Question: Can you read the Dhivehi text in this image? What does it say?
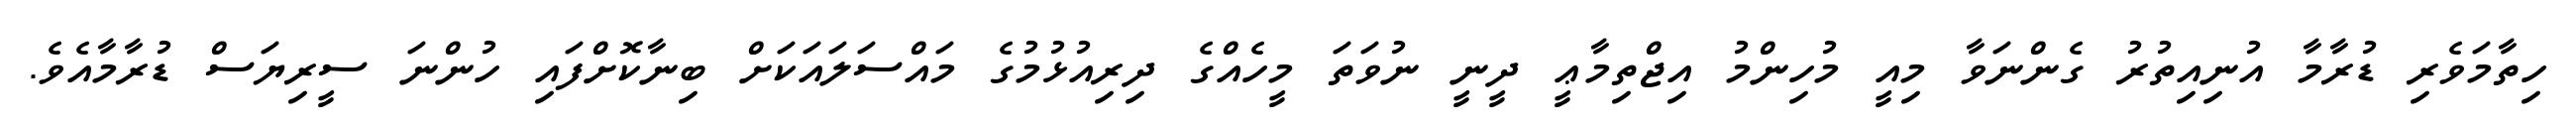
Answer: ހިތާމަވެރި ޑުރާމާ އުނިއިތުރު ގެންނަވާ މިއީ މުހިންމު އިޖްތިމާޢީ ދީނީ ނުވަތަ މީހެއްގެ ދިރިއުޅުމުގެ މައްސަލައަކަށް ބިނާކޮށްފައި ހުންނަ ސީރިޔަސް ޑުރާމާއެވެ.